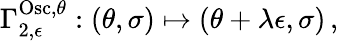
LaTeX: \Gamma_{2,\epsilon}^{\mathrm{Osc},\theta}:(\theta,\sigma)\mapsto\left(\theta+\lambda\epsilon,\sigma\right)\, ,